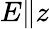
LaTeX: E\| z